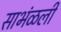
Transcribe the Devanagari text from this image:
साभंळली